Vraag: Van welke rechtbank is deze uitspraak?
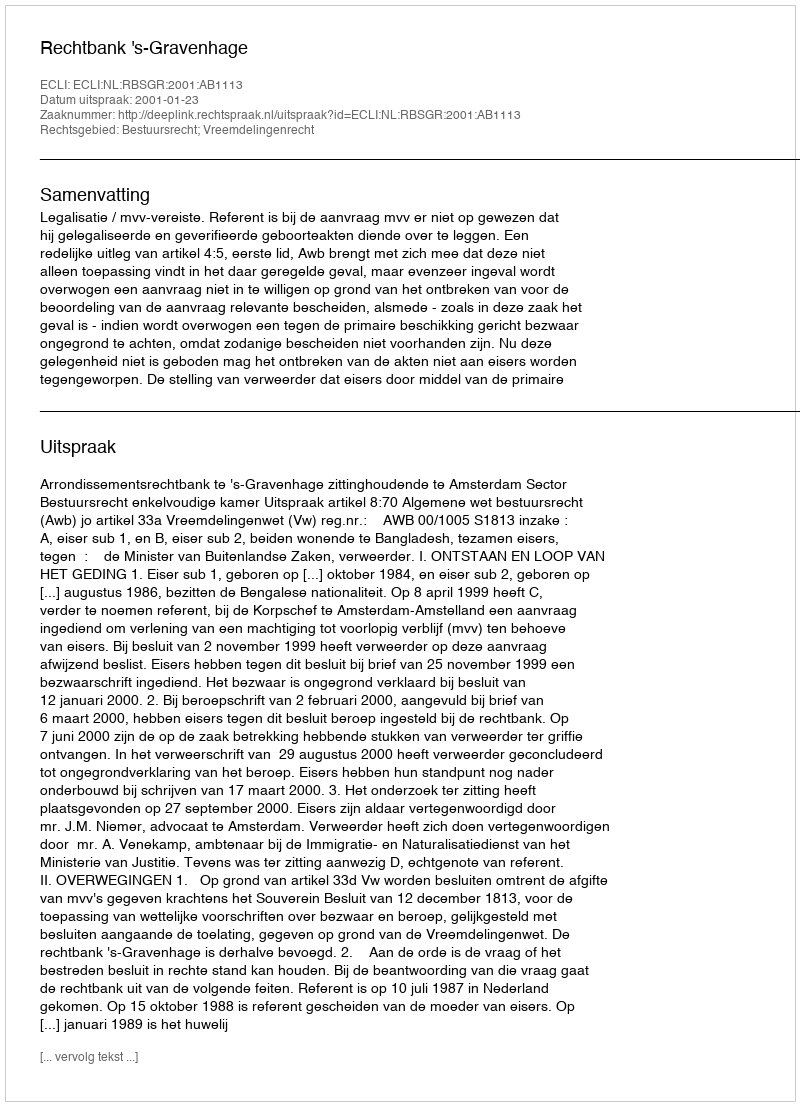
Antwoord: Rechtbank 's-Gravenhage